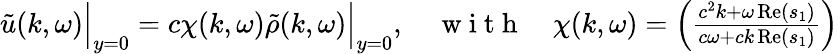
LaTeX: \begin{array}{r}{\tilde{u}(k,\omega)\Big|_{y=0}=c\chi(k,\omega)\tilde{\rho}(k,\omega)\Big|_{y=0},\quad\mathrm{~w~i~t~h~}\quad\chi(k,\omega)=\left(\frac{c^{2}k+\omega\operatorname{Re}(s_{1})}{c\omega+ck\operatorname{Re}(s_{1})}\right)}\end{array}